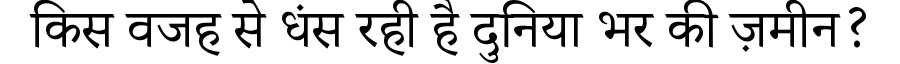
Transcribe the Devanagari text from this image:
किस वजह से धंस रही है दुनिया भर की ज़मीन?